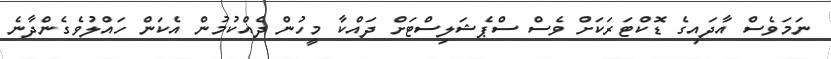
ނަމަވެސް އާދައިގެ ޑޮކްޓަރަކަށް ވެސް ސްޕެޝަލިސްޓަށް ދައްކާ މީހުން ދެއްކުމުން އެކަން ހައްލުވެގެންދާނެ